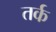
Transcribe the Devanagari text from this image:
तर्क